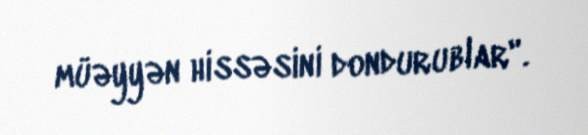
müəyyən hissəsini dondurublar".